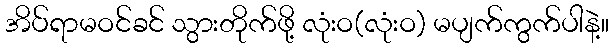
အိပ်ရာမဝင်ခင် သွားတိုက်ဖို့ လုံးဝ(လုံးဝ) မပျက်ကွက်ပါနဲ့။